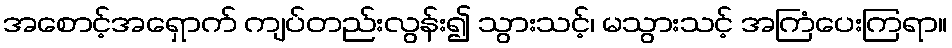
အစောင့်အရှောက် ကျပ်တည်းလွန်း၍ သွားသင့်၊ မသွားသင့် အကြံပေးကြရာ။